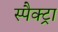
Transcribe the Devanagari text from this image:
स्पैक्ट्रा